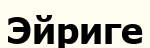
Эйриге